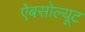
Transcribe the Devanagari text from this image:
ऐबसोल्यूट